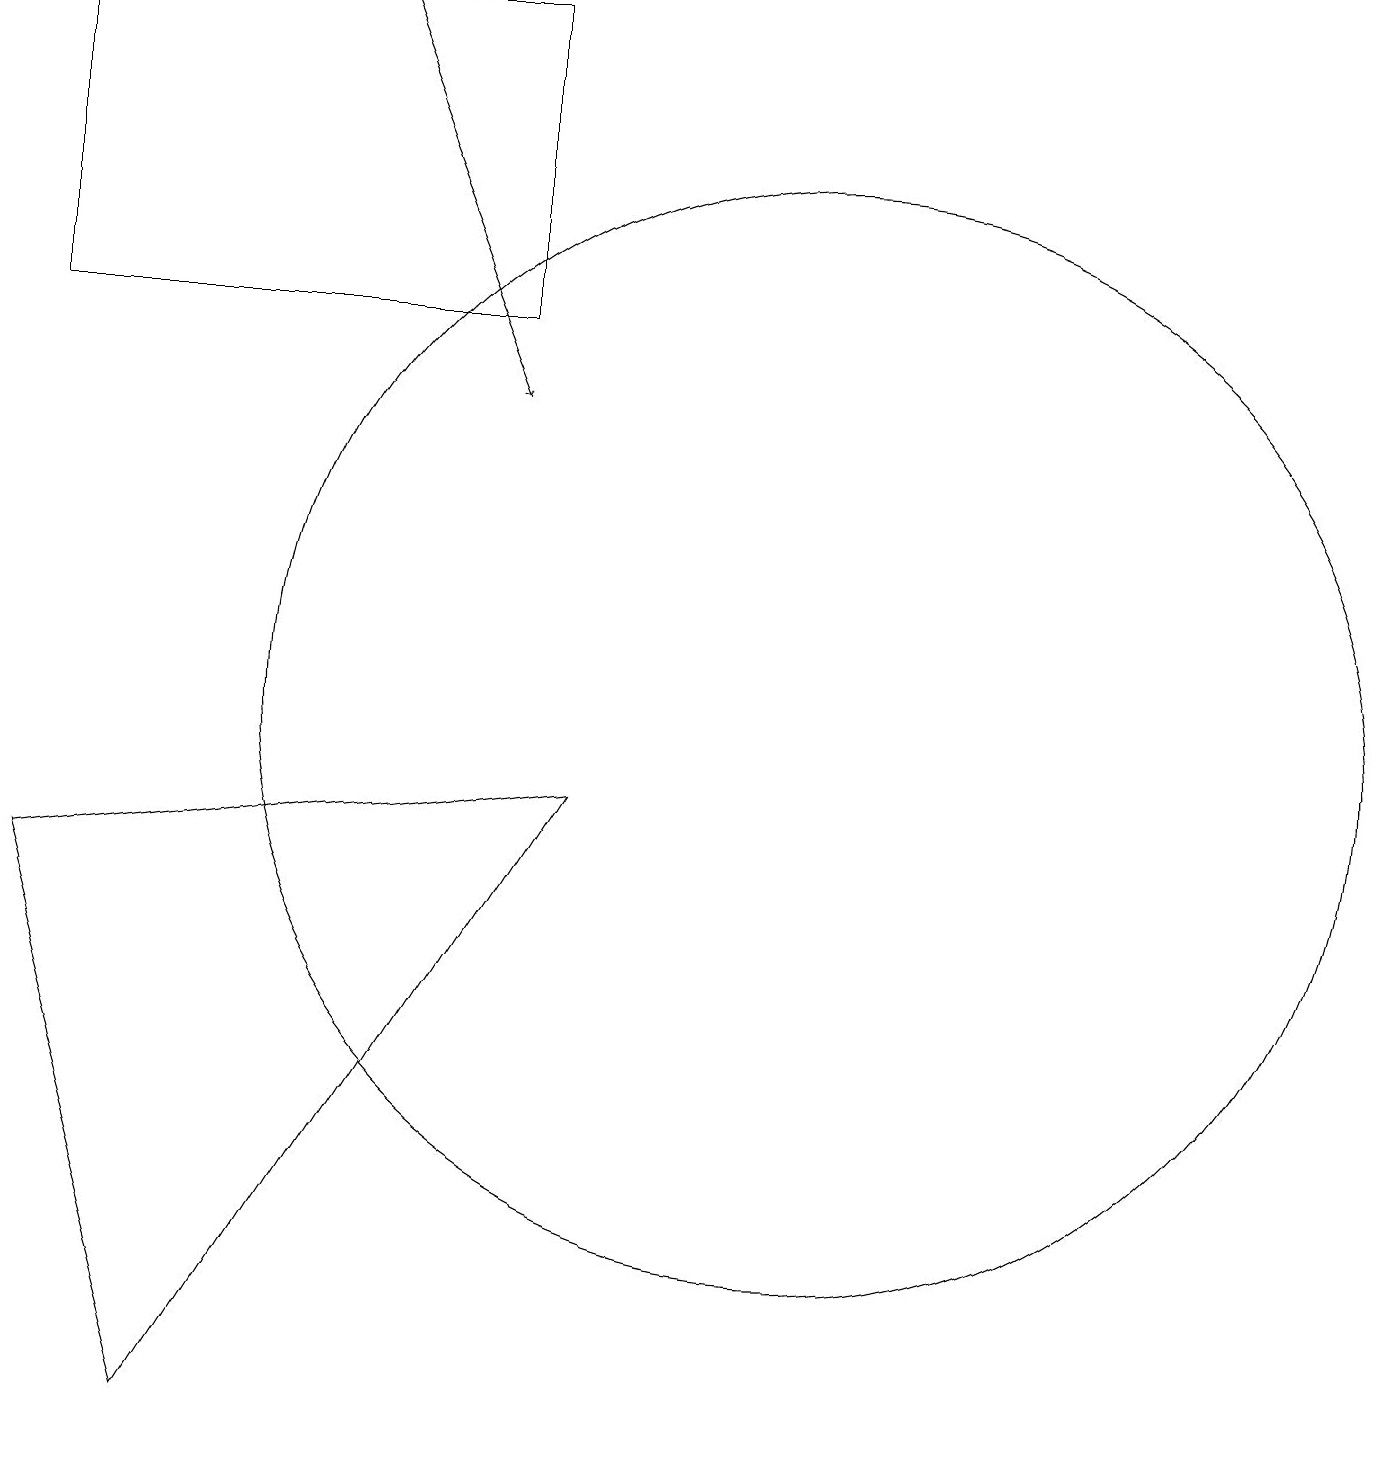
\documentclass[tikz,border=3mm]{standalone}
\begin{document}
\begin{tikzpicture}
\draw (1,8) -- (8,9) -- (3,1) -- cycle;
\draw (11,10) circle (7);
\draw (1,19) rectangle (7,15);
\draw[->] (5,19) -- (7,14);
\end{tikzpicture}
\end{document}